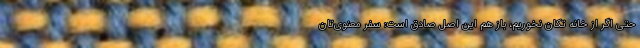
حتی اگر از خانه تکان نخوریم، باز هم این اصل صادق است: سفر معنوی‌تان